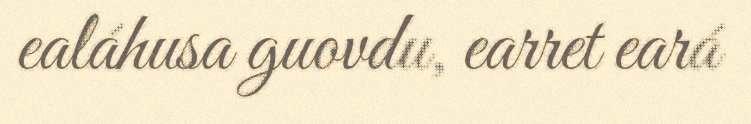
ealáhusa guovdu, earret eará